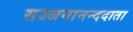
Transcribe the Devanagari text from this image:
सज्जनानन्ददाता